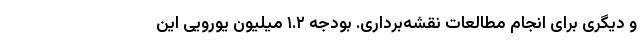
و دیگری برای انجام مطالعات نقشه‌برداری. بودجه‌ ۱.۲ میلیون یورویی این